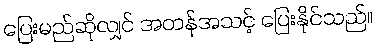
ပြေးမည်ဆိုလျှင် အတန်အသင့် ပြေးနိုင်သည်။